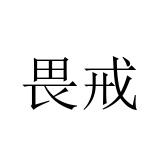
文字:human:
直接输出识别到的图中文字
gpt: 畏戒